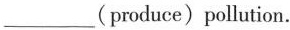
___(produce)pollution.